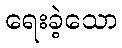
ရေးခဲ့သော